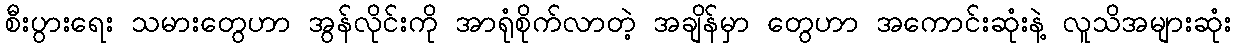
စီးပွားရေး သမားတွေဟာ အွန်လိုင်းကို အာရုံစိုက်လာတဲ့ အချိန်မှာ တွေဟာ အကောင်းဆုံးနဲ့ လူသိအများဆုံး